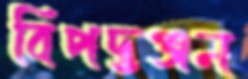
বিপদ্‌ভঞ্জন